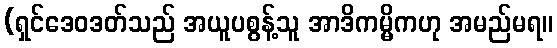
(ရှင်ဒေဝဒတ်သည် အယူပစွန့်သူ အာဒိကမ္မိကဟု အမည်မရ။